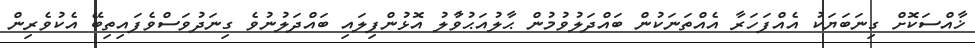
ޚާއްސަކޮށް ގިނަބަޔަކު އެއްފަހަރާ އެއްތަނަކުން ބައްދަލުވުމުން ޙާލުއަޙުވާުލު އޮޅުންފިލައި ބައްދަލުނުވެ ގިނަދުވަސްވެފައިތިބޭ އެކުވެރިން